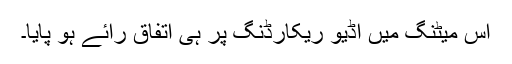
اس میٹنگ میں آڈیو ریکارڈنگ پر ہی اتفاق رائے ہو پایا۔